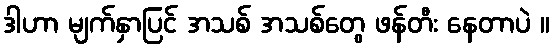
ဒါဟာ မျက်နှာပြင် အသစ် အသစ်တွေ ဖန်တီး နေတာပဲ ။